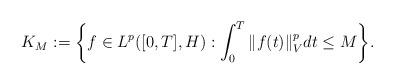
LaTeX: \begin{align*}K_M := \bigg\{ f\in L^p([0,T],H) : \int_0^T \Vert f(t) \Vert_V^p dt \leq M \bigg\}.\end{align*}